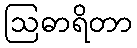
ဩဓာရိတာ